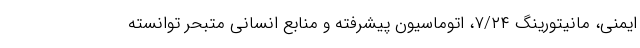
ایمنی، مانیتورینگ ۷/۲۴، اتوماسیون پیشرفته و منابع انسانی متبحر توانسته